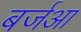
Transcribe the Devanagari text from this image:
बर्जआ